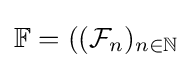
\mathbb {F} =(({\mathcal {F}}_{n})_{n\in \mathbb {N} }